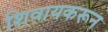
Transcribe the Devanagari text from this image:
शिवायकरून